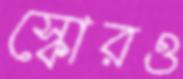
স্কোরও